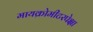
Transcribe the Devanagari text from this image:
मायक्रोमीटरपेक्षा